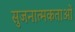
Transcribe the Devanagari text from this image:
सुजनात्मकताओं